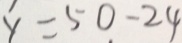
y = 5 0 - 2 4